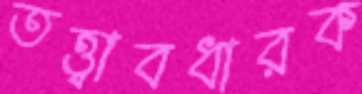
তত্ত্বাবধারক